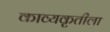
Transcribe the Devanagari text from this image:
काव्यकृतीला